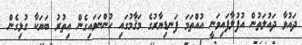
ދައުވާ ދައުލަތުން އުފުލާފައިވަނީ އުއްތަމަ ފަނޑިޔާރުގެ މަޤާމުގައި ހުންނަވައިގެން އިތުރު ބަޔަކާ ގުޅިގެން